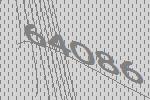
64086